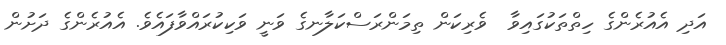
އަދި އެއުރެންގެ ހިތްތަކުގައިވާ  ވެރިކަން ތިމަންރަސްކަލާނގެ ވަނީ ވަކިކުރައްވާފައެވެ. އެއުރެންގެ ދަށުން